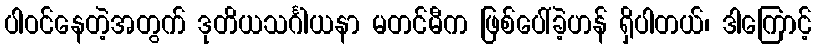
ပါဝင်နေတဲ့အတွက် ဒုတိယသင်္ဂါယနာ မတင်မီက ဖြစ်ပေါ်ခဲ့ဟန် ရှိပါတယ်၊ ဒါကြောင့်